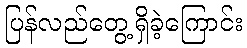
ပြန်လည်တွေ့ရှိခဲ့ကြောင်း